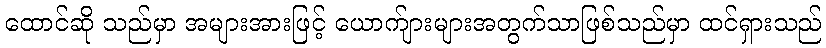
ထောင်ဆို သည်မှာ အများအားဖြင့် ယောက်ျားများအတွက်သာဖြစ်သည်မှာ ထင်ရှားသည်